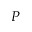
P